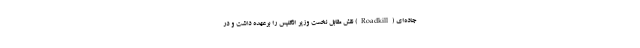
جاده‌ای (Roadkill) نقش مقابل نخست وزیر انگلیس را برعهده داشت و در